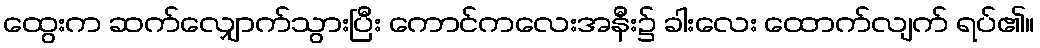
ထွေးက ဆက်လျှောက်သွားပြီး ကောင်ကလေးအနီး၌ ခါးလေး ထောက်လျက် ရပ်၏။